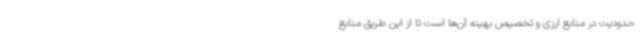
حدودیت در منابع ارزی و تخصیص بهینه آن‌ها است تا از این طریق منابع